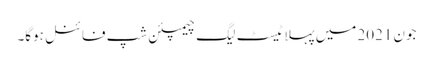
جون 2021 میں پہلا ٹیسٹ لیگ چیمپئن شپ فائنل ہوگا۔